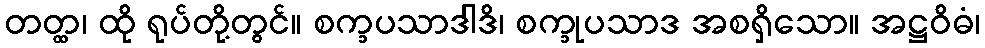
တတ္ထ၊ ထို ရုပ်တို့တွင်။ စက္ခပသာဒါဒိ၊ စက္ခုပသာဒ အစရှိသော။ အဋ္ဌဝိဓံ၊